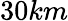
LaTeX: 30km